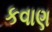
કવાણ